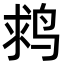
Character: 𪉌